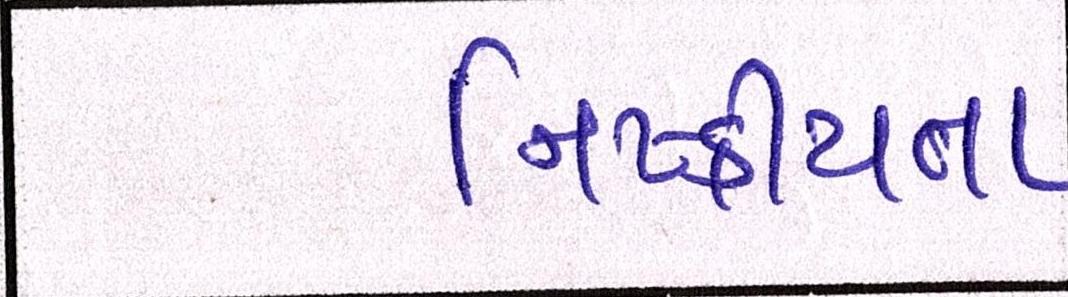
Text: નિષ્ક્રીયતા